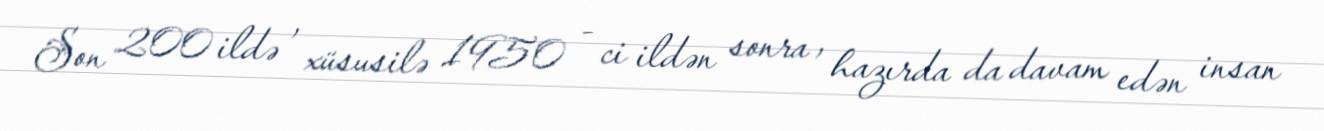
Son 200 ildə , xüsusilə 1950 - ci ildən sonra , hazırda da davam edən insan